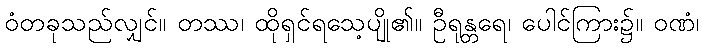
ဝံတခုသည်လျှင်။ တဿ၊ ထိုရှင်ရသေ့ပျို၏။ ဦရုန္တရေ၊ ပေါင်ကြား၌။ ဝဏံ၊